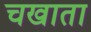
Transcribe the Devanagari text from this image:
चखाता